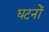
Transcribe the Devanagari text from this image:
घटनों